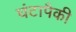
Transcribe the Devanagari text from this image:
घंटापैकी